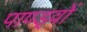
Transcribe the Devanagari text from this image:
पाण्ड्वों